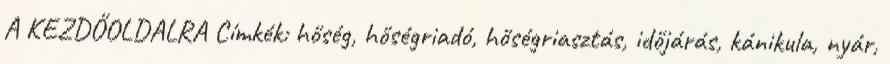
A KEZDŐOLDALRA Címkék: hőség, hőségriadó, hőségriasztás, időjárás, kánikula, nyár,